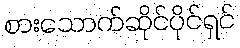
စားသောက်ဆိုင်ပိုင်ရှင်